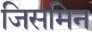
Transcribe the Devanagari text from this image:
जिसमिन